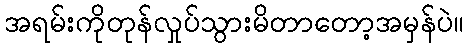
အရမ်းကိုတုန်လှုပ်သွားမိတာတော့အမှန်ပဲ။